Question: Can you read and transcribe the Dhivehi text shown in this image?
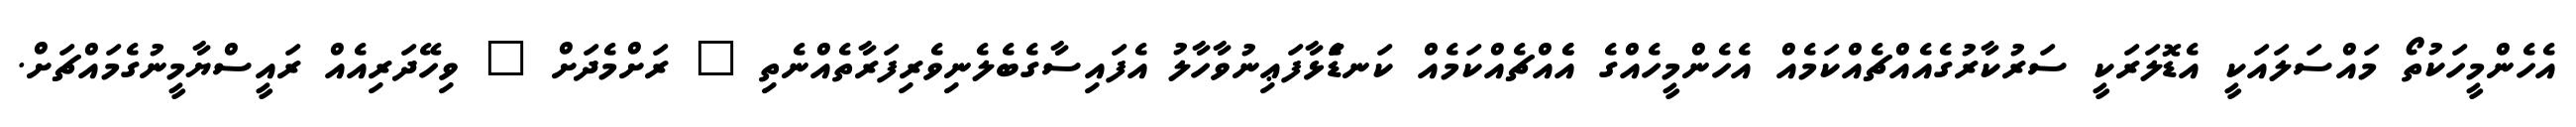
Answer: އެހެންމީހަކުތޯ މައްސަލައަކީ އެޑޮލަރަކީ ސަރުކާރުގެއެއްޗެއްކަމެއް އެހެންމީހެއްގެ އެެއްޗެއްކަމެއް ކަނޑަެަޅާފަޢިނުވާހާލު އެފައިސާގެބެލެނިވެރިފަރާތެއްނެތި " ރަށްމެދަށް " ވިހޭދަރިއެއް ރައީސްޔާމީނުގެމައްޗަށް.